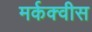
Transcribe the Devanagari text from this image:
मर्कक्वीस